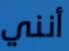
أنني